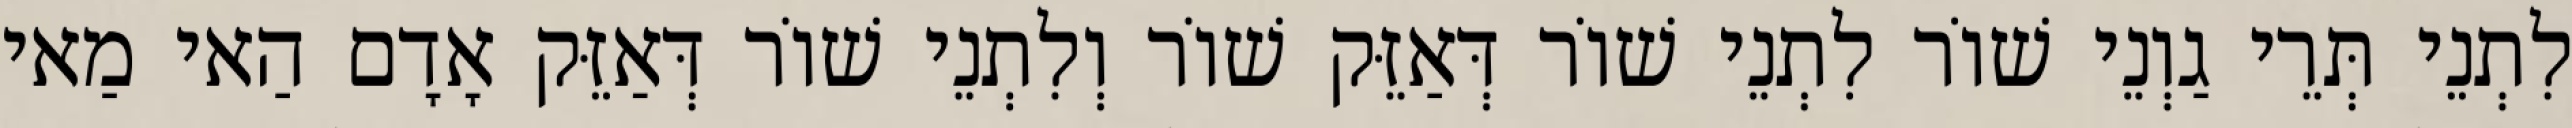
לִתְנֵי תְּרֵי גַוְנֵי שׁוֹר לִתְנֵי שׁוֹר דְּאַזֵּק שׁוֹר וְלִתְנֵי שׁוֹר דְּאַזֵּק אָדָם הַאי מַאי